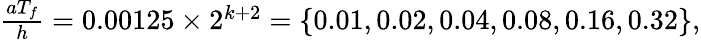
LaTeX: \begin{array}{r}{\frac{aT_{f}}{h}=0.00125\times 2^{k+2}=\{ 0.01,0.02,0.04,0.08,0.16,0.32\} ,}\end{array}